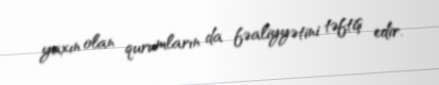
yaxın olan qurumların da fəaliyyətini təftiş edir.